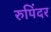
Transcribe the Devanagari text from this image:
रुपिंदर